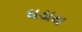
ઘડાય